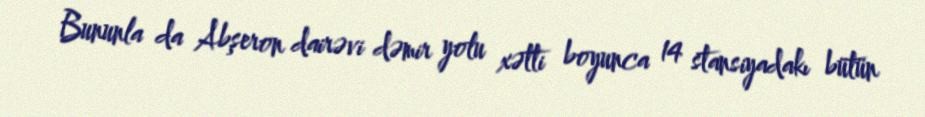
Bununla da Abşeron dairəvi dəmir yolu xətti boyunca 14 stansiyadakı bütün